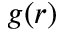
g ( r )